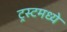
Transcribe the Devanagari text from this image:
ट्रस्टमध्ये